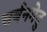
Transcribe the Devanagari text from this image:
सर्बनमेदु